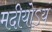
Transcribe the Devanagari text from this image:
मदीयोऽयं